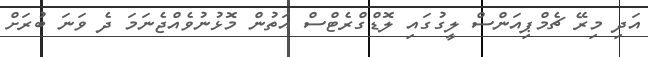
އަދި މިރޭ ޗެމްޕިއަންސް ލީގުގައި ލޮޑްގްރެޓްސް އަތުން މޮޅުނުވެއްޖެނަމަ ދެ ވަނަ ބުރަށް